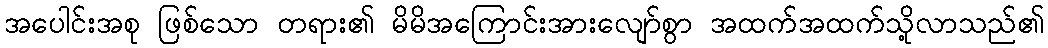
အပေါင်းအစု ဖြစ်သော တရား၏ မိမိအကြောင်းအားလျော်စွာ အထက်အထက်သို့လာသည်၏